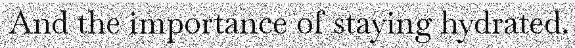
And the importance of staying hydrated.